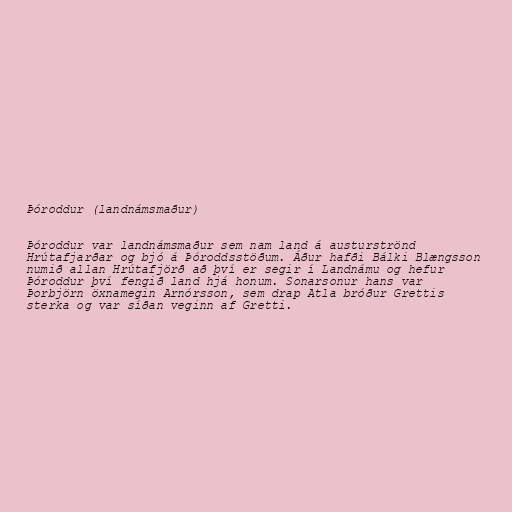
Þóroddur (landnámsmaður)

Þóroddur var landnámsmaður sem nam land á austurströnd
Hrútafjarðar og bjó á Þóroddsstöðum. Áður hafði Bálki Blængsson
numið allan Hrútafjörð að því er segir í Landnámu og hefur
Þóroddur því fengið land hjá honum. Sonarsonur hans var
Þorbjörn öxnamegin Arnórsson, sem drap Atla bróður Grettis
sterka og var síðan veginn af Gretti.